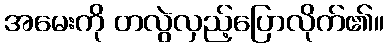
အမေးကို တလွဲလှည့်ပြောလိုက်၏။